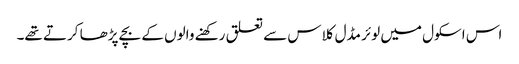
اس اسکول میں لوئر مڈل کلاس سے تعلق رکھنے والوں کے بچے پڑھا کرتے تھے۔